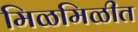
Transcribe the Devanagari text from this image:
मिळमिळीत